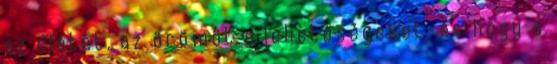
az életet, az örömöt a lehetőségeket, és hogy a